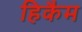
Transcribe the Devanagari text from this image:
हिकैम